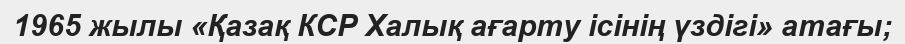
1965 жылы «Қазақ КСР Халық ағарту ісінің үздігі» атағы;